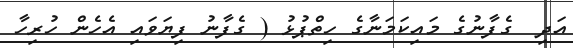
އަދި  ގެފާނުގެ މައިކަމަނާގެ ހިތްޕުޅު ( ގެފާނު ފިޔަވައި އެހެން ހުރިހާ